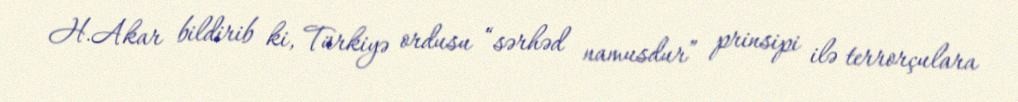
H.Akar bildirib ki, Türkiyə ordusu “sərhəd namusdur” prinsipi ilə terrorçulara